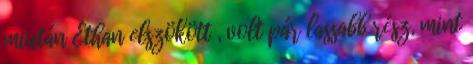
miután Ethan elszökött , volt pár lassabb rész, mint